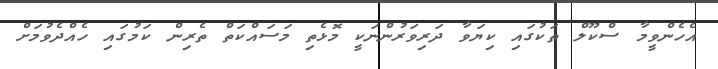
އެހެންވީމާ ސްކޫލް ތަކުގައި ކިޔަވާ ދަރިވަރުންނަކީ މޮޅެތި މަސައްކަތް ތެރިން ކަމުގައި ހެއްދެވުމަށް